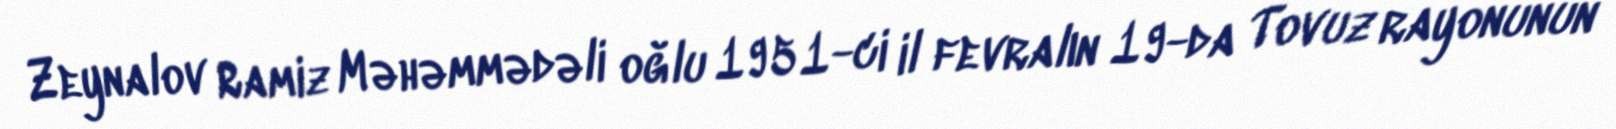
Zeynalov Ramiz Məhəmmədəli oğlu 1951-ci il fevralın 19-da Tovuz rayonunun